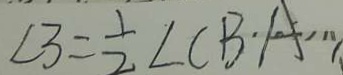
\angle 3 = \frac { 1 } { 2 } \angle C B A